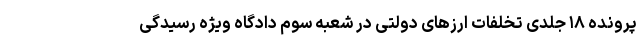
پرونده ۱۸ جلدی تخلفات ارزهای دولتی در شعبه سوم دادگاه ویژه رسیدگی